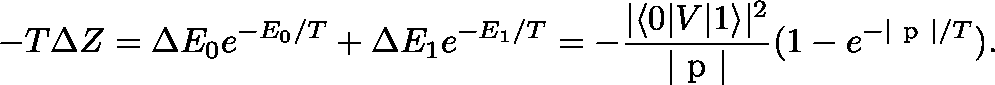
- T \Delta Z = \Delta E _ { 0 } e ^ { - E _ { 0 } / T } + \Delta E _ { 1 } e ^ { - E _ { 1 } / T } = - { \frac { | \langle 0 | V | 1 \rangle | ^ { 2 } } { | \mathrm { \boldmath ~ p ~ } | } } ( 1 - e ^ { - | \mathrm { \boldmath ~ p ~ } | / T } ) .